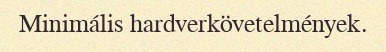
Minimális hardverkövetelmények.